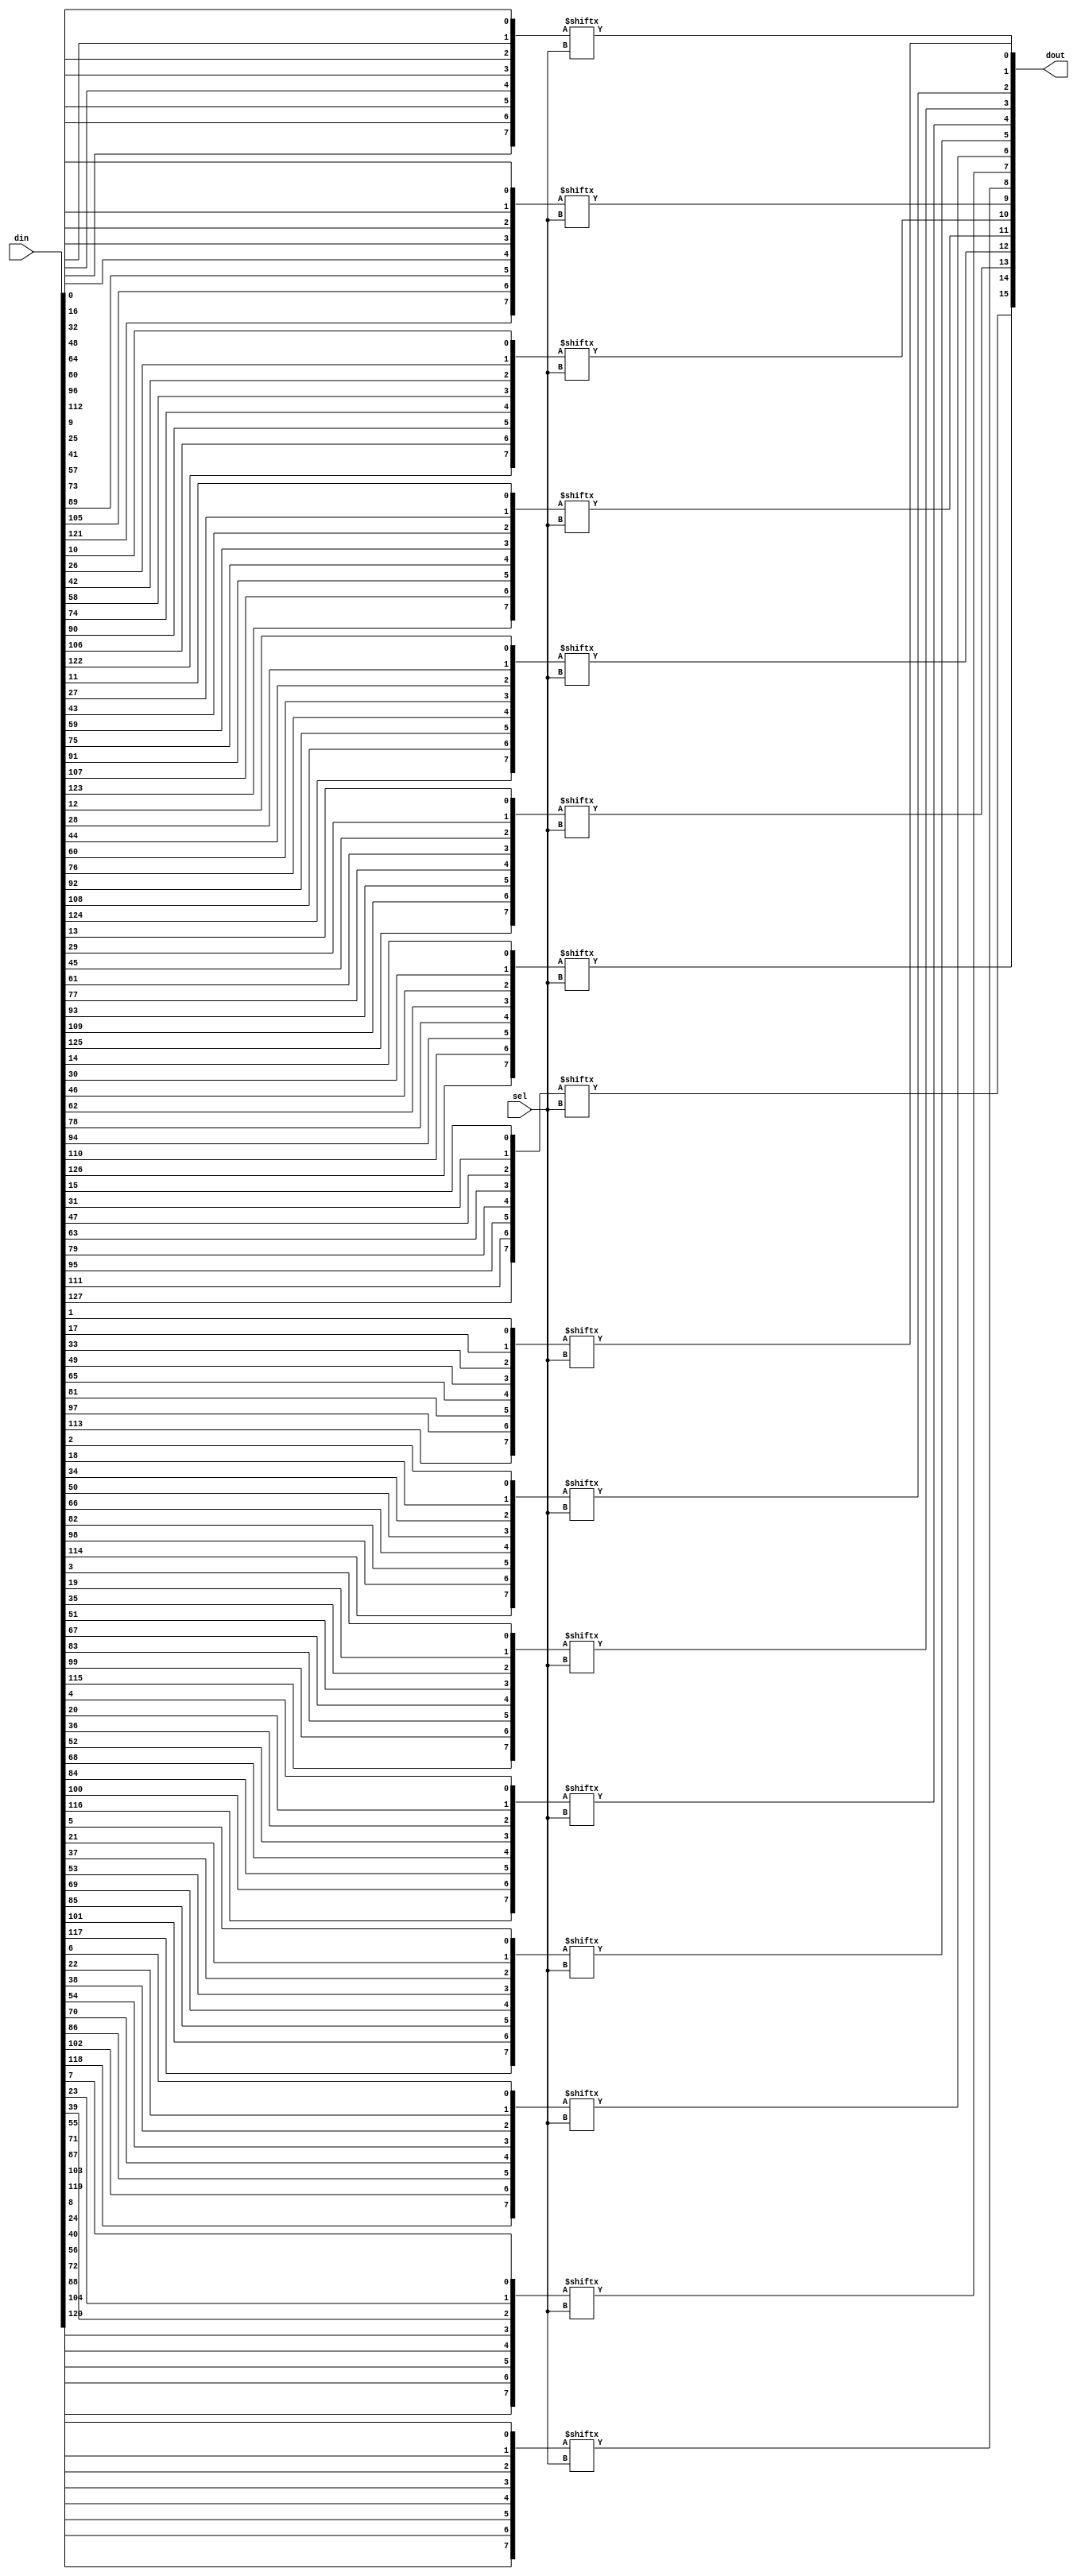
// Copyright 2007 Altera Corporation. All rights reserved.  
// Altera products are protected under numerous U.S. and foreign patents, 
// maskwork rights, copyrights and other intellectual property laws.  
//
// This reference design file, and your use thereof, is subject to and governed
// by the terms and conditions of the applicable Altera Reference Design 
// License Agreement (either as signed by you or found at www.altera.com).  By
// using this reference design file, you indicate your acceptance of such terms
// and conditions between you and Altera Corporation.  In the event that you do
// not agree with such terms and conditions, you may not use the reference 
// design file and please promptly destroy any copies you have made.
//
// This reference design file is being provided on an "as-is" basis and as an 
// accommodation and therefore all warranties, representations or guarantees of 
// any kind (whether express, implied or statutory) including, without 
// limitation, warranties of merchantability, non-infringement, or fitness for
// a particular purpose, are specifically disclaimed.  By making this reference
// design file available, Altera expressly does not recommend, suggest or 
// require that this reference design file be used in combination with any 
// other product not provided by Altera.
/////////////////////////////////////////////////////////////////////////////

// baeckler - 10-28-2006

/////////////////////////////////////////////////////

module bus_mux (din,sel,dout);

parameter DAT_WIDTH = 16;
parameter SEL_WIDTH = 3;
parameter TOTAL_DAT = DAT_WIDTH << SEL_WIDTH;
parameter NUM_WORDS = (1 << SEL_WIDTH);

input [TOTAL_DAT-1 : 0] din;
input [SEL_WIDTH-1:0] sel;
output [DAT_WIDTH-1:0] dout;

genvar i,k;
generate
	for (k=0;k<DAT_WIDTH;k=k+1)
	begin : out
		wire [NUM_WORDS-1:0] tmp;
		for (i=0;i<NUM_WORDS;i=i+1)
		begin : mx
			assign tmp [i] = din[k+i*DAT_WIDTH];
		end
		assign dout[k] = tmp[sel];
	end
endgenerate
endmodule